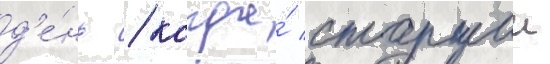
д'е́нь / когда́ старшии